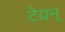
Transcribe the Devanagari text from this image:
टेय्रन्